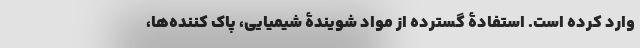
وارد کرده است. استفادۀ گسترده از مواد شویندۀ شیمیایی، پاک کننده‌ها،